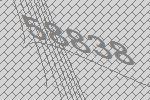
58838